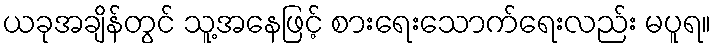
ယခုအချိန်တွင် သူ့အနေဖြင့် စားရေးသောက်ရေးလည်း မပူရ။